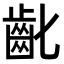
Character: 齔